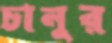
চানুর